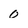
Character: 0